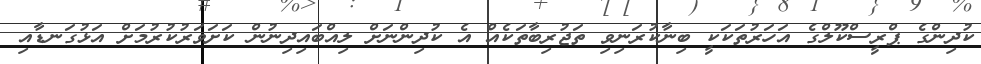
ކުދިންގެ ޕްރީސްކޫލްގެ އަހަރުތަކަކީ ބިނާކުރަނިވި ތަޖުރިބާތަކެއް އެ ކުދިންނަށް ލިއްބައިދިނުން ކަށަވަރުކުރުމަށް އަޅުގަނޑާއި